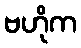
ဗဟိုက